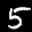
Label: 5